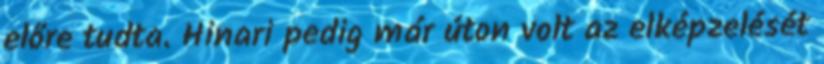
előre tudta. Hinari pedig már úton volt az elképzelését